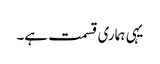
یہی ہماری قسمت ہے۔